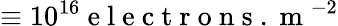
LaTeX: \equiv 10^{16}\mathrm{~e~l~e~c~t~r~o~n~s~.~m~}^{-2}